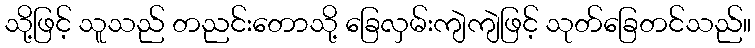
သို့ဖြင့် သူသည် တညင်းတောသို့ ခြေလှမ်းကျဲကျဲဖြင့် သုတ်ခြေတင်သည်။